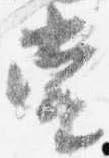
当